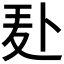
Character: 𪎍